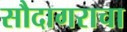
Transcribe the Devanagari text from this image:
सौदागराचा